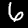
Digit: 6